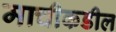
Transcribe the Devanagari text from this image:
माचीकडील